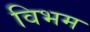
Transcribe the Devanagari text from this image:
विभम